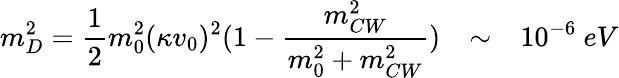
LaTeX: m_{D}^{2}=\frac{1}{2}m_{0}^{2}(\kappa v_{0})^{2}(1-\frac{m_{CW}^{2}}{m_{0}^{2}+m_{CW}^{2}})\ \ \ \sim\ \ \ 10^{-6}\ eV